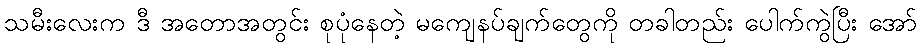
သမီးလေးက ဒီ အတောအတွင်း စုပုံနေတဲ့ မကျေနပ်ချက်တွေကို တခါတည်း ပေါက်ကွဲပြီး အော်